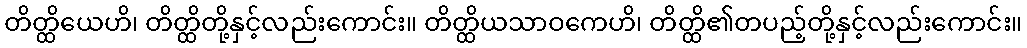
တိတ္ထိယေဟိ၊ တိတ္ထိတို့နှင့်လည်းကောင်း။ တိတ္ထိယသာဝကေဟိ၊ တိတ္ထိ၏တပည့်တို့နှင့်လည်းကောင်း။